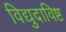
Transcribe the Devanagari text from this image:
विद्युदाविष्ट